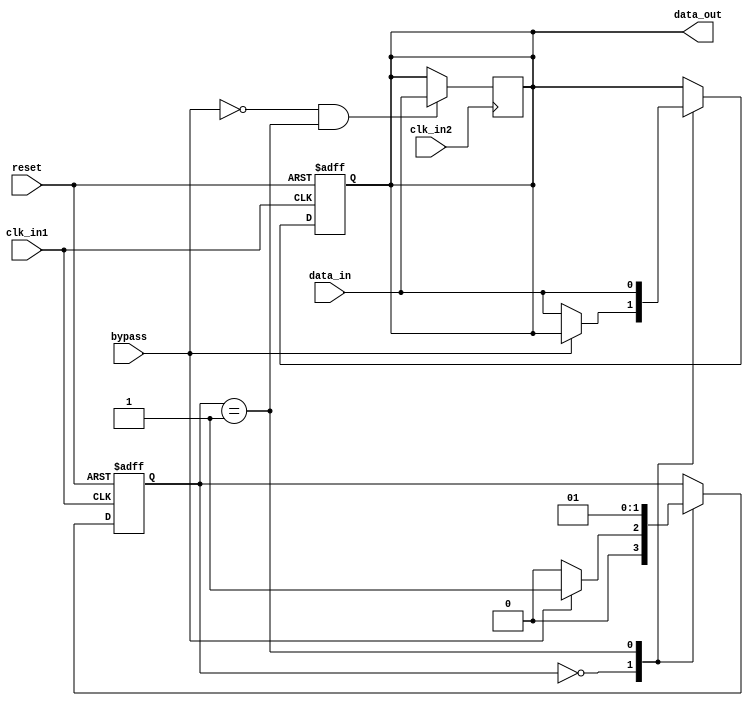
module Cascade_Bypass_Register (
    input clk_in1,
    input clk_in2,
    input reset,
    input bypass,
    input data_in,
    output reg data_out
);

reg [1:0] state;

always @(posedge clk_in1 or posedge reset) begin
    if (reset) begin
        state <= 2'b00;
        data_out <= 1'b0;
    end else begin
        case (state)
            2'b00: begin // Data transfer from clk_in1 to clk_in2
                if (bypass) begin
                    state <= 2'b01;
                end else begin
                    state <= 2'b00;
                    data_out <= data_in;
                end
            end
            2'b01: begin // Data transfer directly from clk_in1 to clk_in2
                state <= 2'b01;
                data_out <= data_in;
            end
        endcase
    end
end

always @(posedge clk_in2) begin
    if (!bypass && state == 2'b01) begin
        data_out <= data_in;
    end
end

endmodule